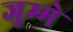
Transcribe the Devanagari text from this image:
जुम्मे